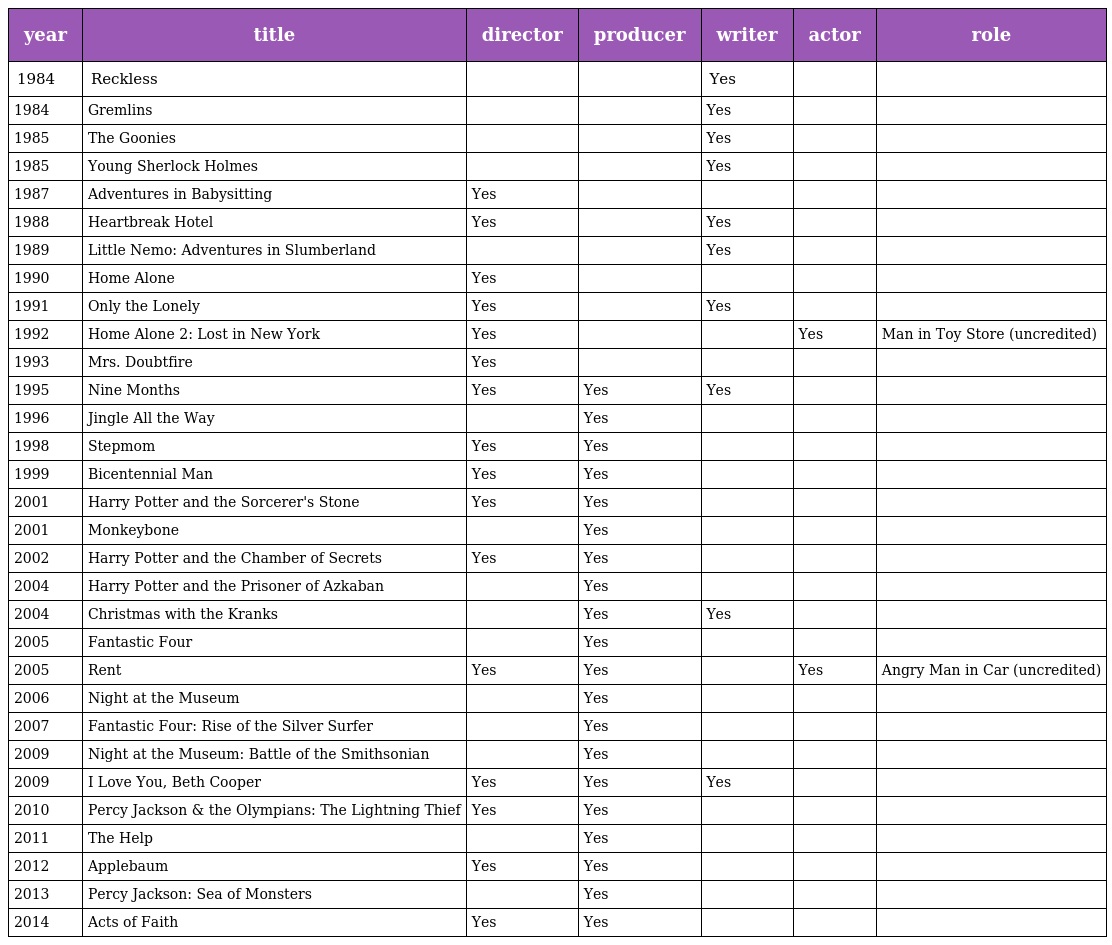
| year | title | director | producer | writer | actor | role |
 | --- | --- | --- | --- | --- | --- | --- |
 | 1984 | Reckless |  |  | Yes |  |  |
 | 1984 | Gremlins |  |  | Yes |  |  |
 | 1985 | The Goonies |  |  | Yes |  |  |
 | 1985 | Young Sherlock Holmes |  |  | Yes |  |  |
 | 1987 | Adventures in Babysitting | Yes |  |  |  |  |
 | 1988 | Heartbreak Hotel | Yes |  | Yes |  |  |
 | 1989 | Little Nemo: Adventures in Slumberland |  |  | Yes |  |  |
 | 1990 | Home Alone | Yes |  |  |  |  |
 | 1991 | Only the Lonely | Yes |  | Yes |  |  |
 | 1992 | Home Alone 2: Lost in New York | Yes |  |  | Yes | Man in Toy Store (uncredited) |
 | 1993 | Mrs. Doubtfire | Yes |  |  |  |  |
 | 1995 | Nine Months | Yes | Yes | Yes |  |  |
 | 1996 | Jingle All the Way |  | Yes |  |  |  |
 | 1998 | Stepmom | Yes | Yes |  |  |  |
 | 1999 | Bicentennial Man | Yes | Yes |  |  |  |
 | 2001 | Harry Potter and the Sorcerer's Stone | Yes | Yes |  |  |  |
 | 2001 | Monkeybone |  | Yes |  |  |  |
 | 2002 | Harry Potter and the Chamber of Secrets | Yes | Yes |  |  |  |
 | 2004 | Harry Potter and the Prisoner of Azkaban |  | Yes |  |  |  |
 | 2004 | Christmas with the Kranks |  | Yes | Yes |  |  |
 | 2005 | Fantastic Four |  | Yes |  |  |  |
 | 2005 | Rent | Yes | Yes |  | Yes | Angry Man in Car (uncredited) |
 | 2006 | Night at the Museum |  | Yes |  |  |  |
 | 2007 | Fantastic Four: Rise of the Silver Surfer |  | Yes |  |  |  |
 | 2009 | Night at the Museum: Battle of the Smithsonian |  | Yes |  |  |  |
 | 2009 | I Love You, Beth Cooper | Yes | Yes | Yes |  |  |
 | 2010 | Percy Jackson & the Olympians: The Lightning Thief | Yes | Yes |  |  |  |
 | 2011 | The Help |  | Yes |  |  |  |
 | 2012 | Applebaum | Yes | Yes |  |  |  |
 | 2013 | Percy Jackson: Sea of Monsters |  | Yes |  |  |  |
 | 2014 | Acts of Faith | Yes | Yes |  |  |  |